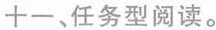
十一、任务型阅读。